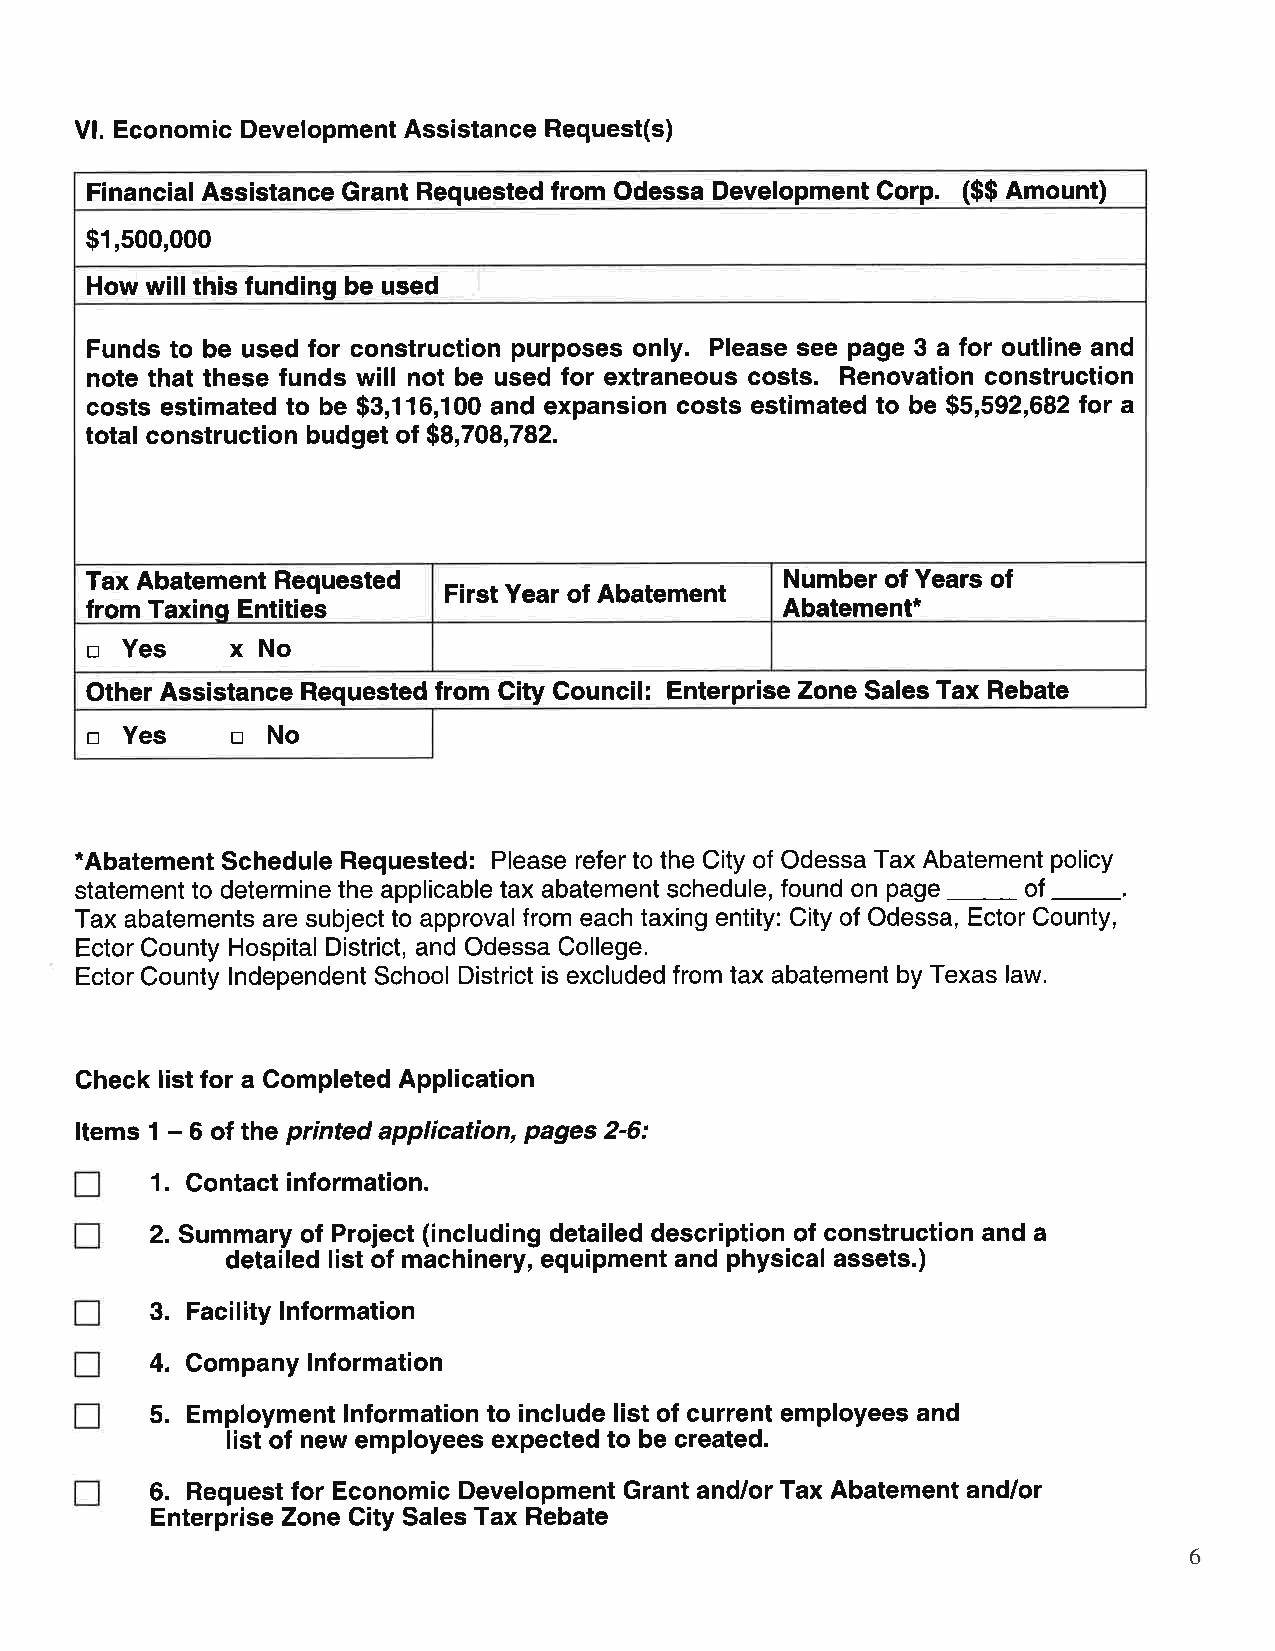
Vl. Economic Development Assistance Request(s)
 Financial Assistance Grant Requested from Odessa Development Gorp, ($$ Amount)
 $1,500,000
 How will this funding be ueed
 Funds to be used for construction purposes only. Please see page 3 a for outline and
 note that these funds will not be used for extraneous costs. Renovation construction
 costs estimated to be $3,116,100 and expansion costs estimated to be $5,592,6821or a
 total construction budget of $8,708,782.
 Tax Abatement Requested                       Number of Years of
 First Year of Abatement
 from Taxinq Entities                          Abatement*
 tr Yes   xNo
 Other Assistance Requested from City Council: Enterprise Zone Sales Tax Rebate
 trYestrNo
 *Abatement
 Schedule Requested: Please refer to the City of Odessa Tax Abatement policy
 page
 statement to determine the applicable tax abatement schedule, found on of
 Tax abatements are subject to approval from each taxing entity: City of Odessa, Ector County,
 Ector County Hospital District, and Odessa College.              -.
 Ector County lndependent School District is excluded from tax abatement by Texas law.
 Check list for a Completed Application
 Items 1 - 6 of the printed application, pages 2-6:
 1. Contact information.
 2. Summary of Project (including detailed description of construction and a
 detailed list of machinery, equipment and physical assets.)
 3. Facility lnformation
 4. Company lnformation
 5. Employment lnformation to include list of current employees and
 list of new employees expected to be created.
 6. Request for Economic Development Grant andlor Tax Abatement and/or
 EnterpriseZone City Sales Tax Rebate
 6